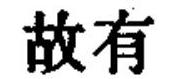
故有